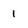
Character: 1